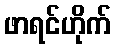
ဖာရင်ဟိုက်